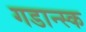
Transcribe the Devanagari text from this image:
गडान्स्क